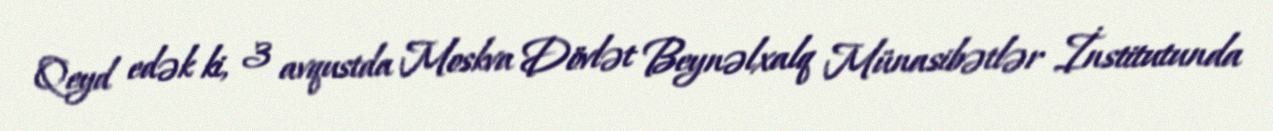
Qeyd edək ki, 3 avqustda Moskva Dövlət Beynəlxalq Münasibətlər İnstitutunda